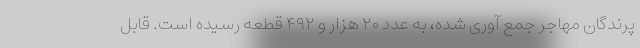
پرندگان مهاجر جمع آوری شده، به عدد ۲۰ هزار و ۴۹۲ قطعه رسیده است. قابل